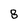
Character: 8